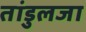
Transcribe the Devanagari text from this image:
तांडुलजा